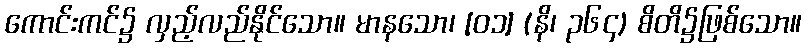
ကောင်းကင်၌ လှည့်လည်နိုင်သော။ မာနသော၊ [၀၁] (နိ၊ ၃၆၄) စိတိ၌ဖြစ်သော။